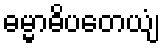
ဓမ္မာဓိပတေယျံ